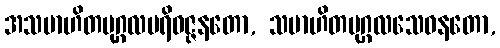
အသမာဟိတပုဂ္ဂလပရိဝဇ္ဇနတော, သမာဟိတပုဂ္ဂလသေဝနတော,